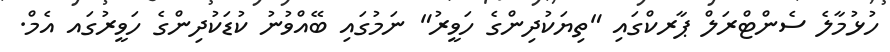
ހުޅުމާލެ ސެންޓްރަލް ޕާރކްގައި "ތިޔަކުދިންގެ ހަވީރު" ނަމުގައި ބޭއްވުނު ކުޑަކުދިންގެ ހަވީރުގައ އެމް.